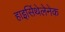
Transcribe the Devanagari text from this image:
हाइसिंथेलेनेक